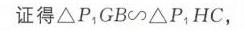
证得\(\triangle P_{1}GB\sim\triangle P_{1}HC\)，